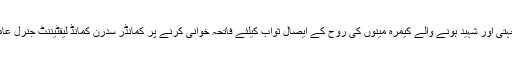
اس موقع پر پریس کلب کوئٹہ کے صدر شہزادہ ذوالفقار نے کوئٹہ کلب آکر صحافیوں سے اظہاریکجہتی اور شہید ہونے والے کیمرہ مینوں کی روح کے ایصال ثواب کیلئے فاتحہ خوانی کرنے پر کمانڈر سدرن کمانڈ لیفٹیننٹ جنرل عامرریاض کا شکریہ ادا کرتے ہوئے کہا کہ انکی آمد سے صحافیوں کے حوصلے مزیدبلند ہوئے ہیں۔